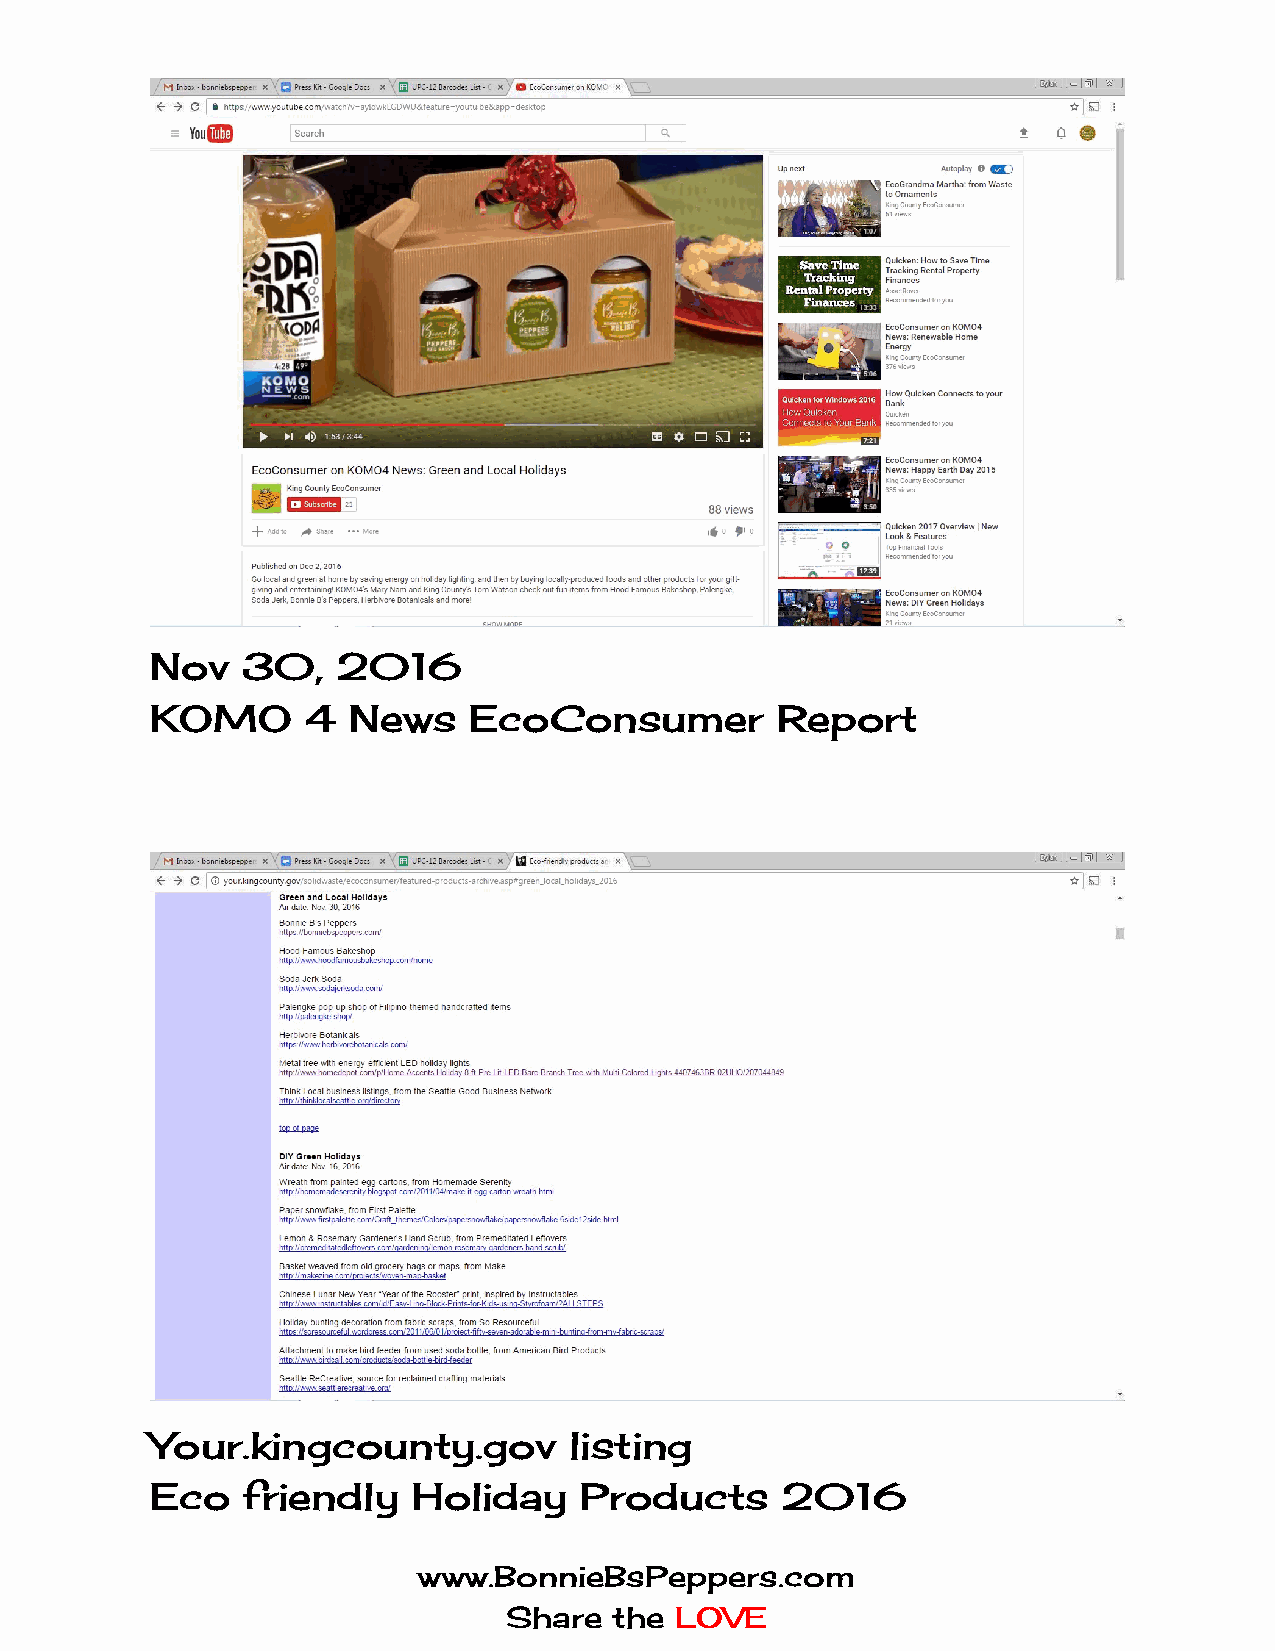
Nov   30,   2016
 KOMO      4  News    EcoConsumer         Report
 Your.kingcounty.gov         listing
 Eco   friendly   Holiday    Products      2016
 www.BonnieBsPeppers.com
 Share  the LOVE
 ​